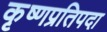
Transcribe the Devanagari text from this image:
कृष्णप्रतिपदा